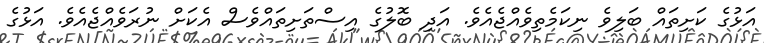
އަޅުގެ ކަށިތައް ބަލިވެ ނިކަމެތިވެއްޖެއެވެ. އަދި ބޮލުގެ އިސްތަށިތައްވެސް އެކަށް ނުރަވެއްޖެއެވެ. އަޅުގެ